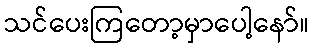
သင်ပေးကြတော့မှာပေါ့နော်။